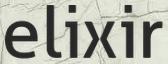
elixir